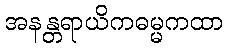
အနန္တရာယိကဓမ္မကထာ